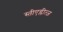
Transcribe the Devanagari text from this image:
स्तीएग्लीत्ज़